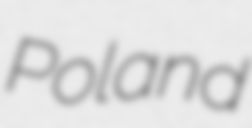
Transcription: Poland